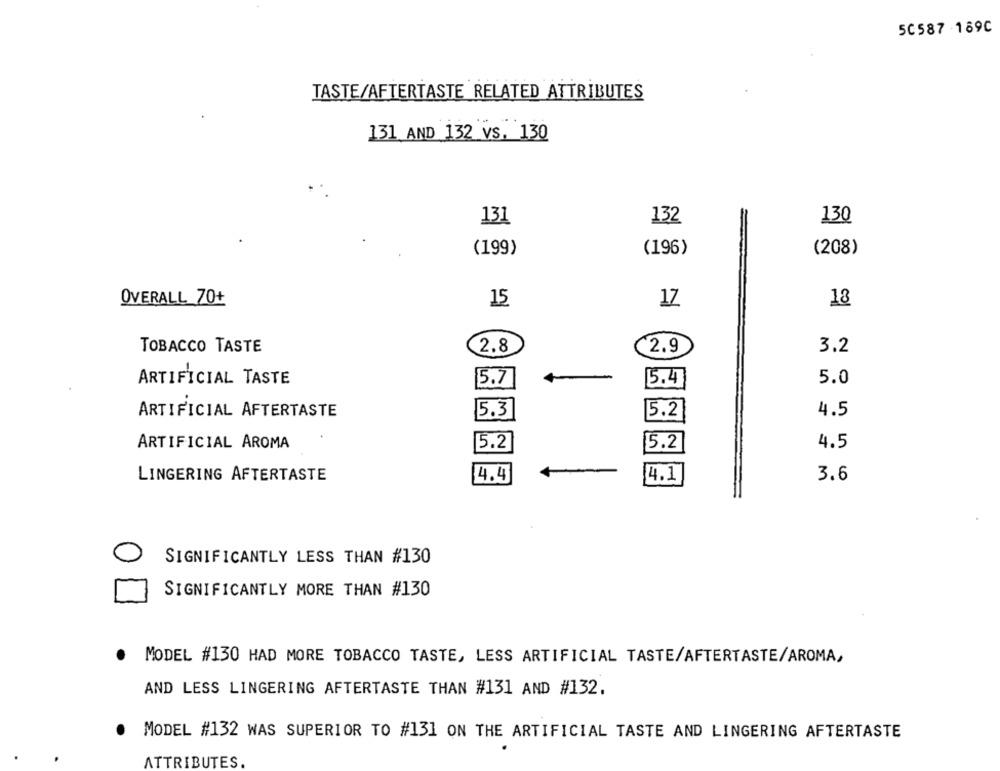
50587 -169C
TASTE/AFTERTASTE RELATED ATTRIBUTES
131 AND 132 vs. 130
131
132
130
(199)
(196)
(208)
OVERALL 70+
15
18
17
2.8
TOBACCO TASTE
2.9
3.2
ARTIFICIAL TASTE
5.7
5.4
5.0
ARTIFICIAL AFTERTASTE
5.3
5.2
4.5
ARTIFICIAL AROMA
15.2
5.2
4.5
LINGERING AFTERTASTE
4.4
3.6
4.1]
SIGNIFICANTLY LESS THAN #130
SIGNIFICANTLY MORE THAN #130
.
MODEL #130 HAD MORE TOBACCO TASTE, LESS ARTIFICIAL TASTE/AFTERTASTE/AROMA,
AND LESS LINGERING AFTERTASTE THAN #131 AND #132.
MODEL #132 WAS SUPERIOR TO #131 ON THE ARTIFICIAL TASTE AND LINGERING AFTERTASTE
ATTRIBUTES.